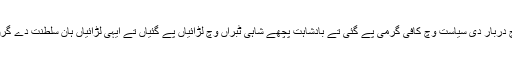
92 عیسوی وچ دربار دی سیاست وچ کافی گرمی پے گئی تے بادشاہت پچھے شاہی ٹبراں وچ لڑائیاں پے گئیاں تے ایہی لڑائیاں ہان سلطنت دے گرن دی وجہ بنی۔